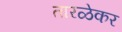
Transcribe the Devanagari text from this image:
तारळेकर